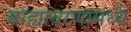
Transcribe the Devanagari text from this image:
बाह्यावरणामध्ये